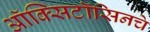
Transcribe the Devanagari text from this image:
ऑक्सिटॉसिनचे